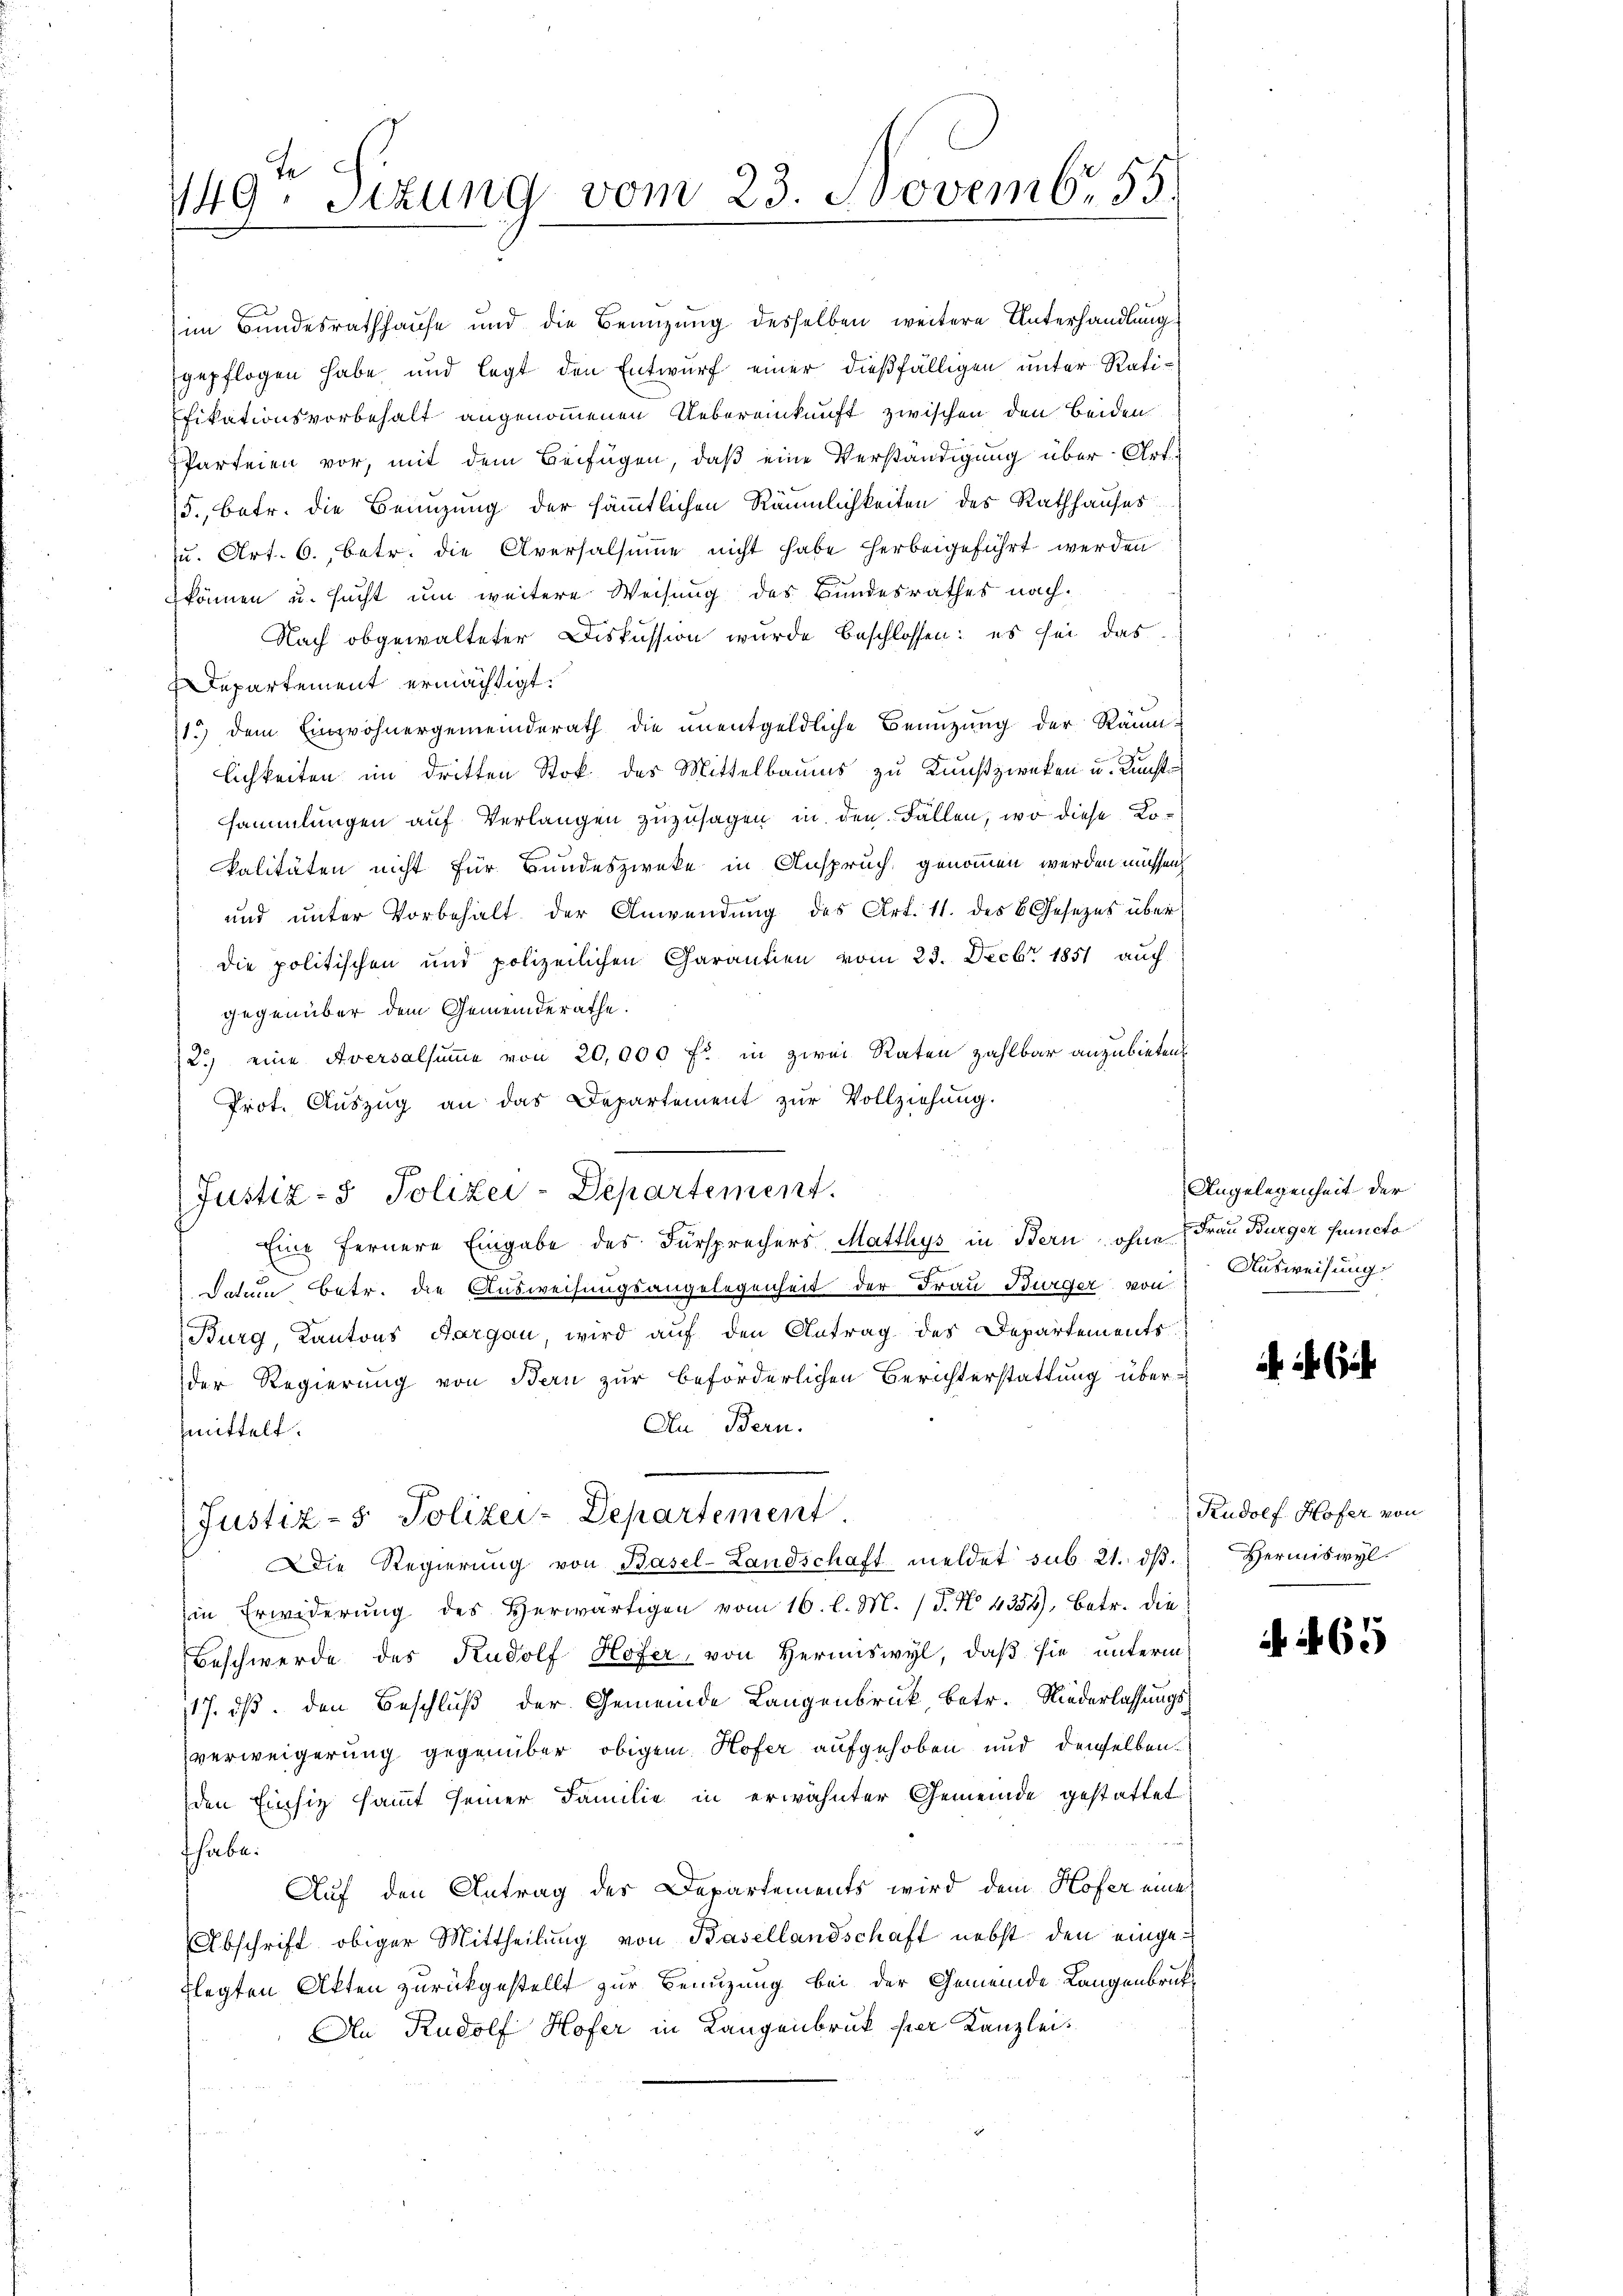
149. Sizung vom 23. Novemb. 55.

im Bundesrathhause und die Beanzung desselben weitere Unterhandlung
gepflogen habe und legt den Entwurf einer dießfälligen unter Ratifikationsvorbehalt angenommenen Uebereinkunft zwischen den beiden
Parteien vor, mit dem Beifügen, daß eine Verständigung über Art.
5., betr. die Benuzung der sämmtlichen Räumlichkeiten des Rathhauses
zu. Art. 6., betr. die Aversalsumme nicht habe herbeigeführt werden
können u. sucht um weitere Weisung des Bundesrathes nach¬
Nach obgewalteter Diskussion wurde beschlossen: es sei das
Departement ermächtigt.
71.) dem Einwohnergemeinderath die unentgeldliche Benützung der Räum-
lichkeiten im dritten Stok des Mittelbaums zu Kaußzweken u. Kunstsammlungen auf Verlangen zuzusagen in den Fällen, wo diese Kokalitäten nicht für Bundeszwecke in Anspruch genommen werden müssen,
und unter Vorbehalt der Anwendung des Art. 11. des Gesezes über
die politischen und polizeilichen Charantien vom 23. Decbr. 1851 auch
gegenüber dem Gemeinderathe.
2.) eine Aversalsumme von 20,000 fl in zwei Raten zahlbar anzubieten
Prot. Aŭszŭg an das Departement zŭr Vollziehung.
Datum Betr. die Ausweisungsangelegenheit der Frau Bürger von
(Burg, Kantons Aargau, wird auf den Antrag des Departements
der Regierung von Bern zur beförderlichen Berichterstattung über-
An Bern.
fmittelt.
(Justiz- & Polizei-Departement
Die Regierŭng von Basel-Landschaft meldet sub. 21. dβ.
in Erwiderung des Herwärtigen vom 16. l. M. (T. N. 4354). Betr. die
Beschwerde des Rudolf Hofer, von Hermiswyl, daß sie unterm
17. ds. den Beschluß der Gemeinde Langenbruck betr. Niederlassungsverweigerung gegenüber obigem Hofer aufgehoben und denselben
den Einsiz sammt seiner Familie in erwähnter Gemeinde gestattet
habe.
Auf den Antrag des Departements wird dem Hofer eines
Abschrift obiger Mittheilung von Basellandschaft nebst den eingeflegten Akten zurückgestellt zur Benuzung bei der Gemeinde Langenbruck¬
An Rudolf Hofer in Langenbruck her Kanzlei.

Justiz- & Polizei-Departement.
Eine fernere Eingabe des Fürsprechers Matthys in Bern, ohne Frau Burger Puncto

Angelegenheit der
Ausweisung

Rudolf Hofer von
Hermiswyl

65